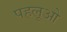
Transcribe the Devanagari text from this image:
पहलूओ